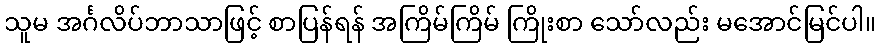
သူမ အင်္ဂလိပ်ဘာသာဖြင့် စာပြန်ရန် အကြိမ်ကြိမ် ကြိုးစာ သော်လည်း မအောင်မြင်ပါ။